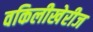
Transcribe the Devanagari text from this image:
वकिलीखेरीज